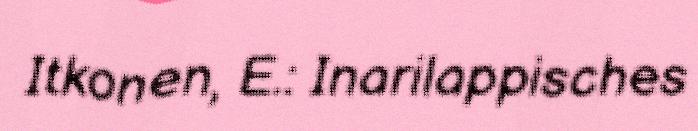
Itkonen, E.: Inarilappisches